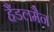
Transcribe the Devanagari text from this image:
हैंडलमैन